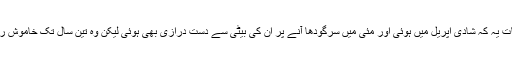
دوسری بات یہ کہ شادی اپریل میں ہوئی اور مئی میں سرگودھا آنے پر ان کی بیٹی سے دست درازی بھی ہوئی لیکن وہ تین سال تک خاموش رہیں کیوں؟